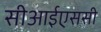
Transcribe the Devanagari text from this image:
सीआईएससी